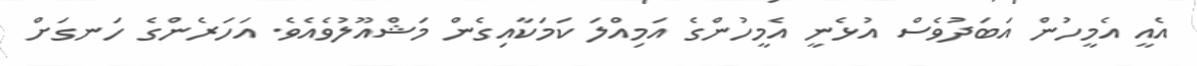
އެއީ އެމީހުން އަބަދުވެސް އުޅެނީ އެމީހުންގެ އަމިއްލަ ކަމަކާއިގެން މަޝްއޫލުވެއެވެ. އަހަރެންގެ ހަނގަށް